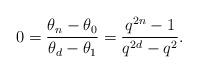
LaTeX: \begin{align*} 0 = \frac{\theta_n-\theta_0}{\theta_d-\theta_1}= \frac{q^{2n} -1}{q^{2d} - q^2}. \end{align*}